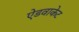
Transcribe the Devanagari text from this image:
ऐडवाकेट